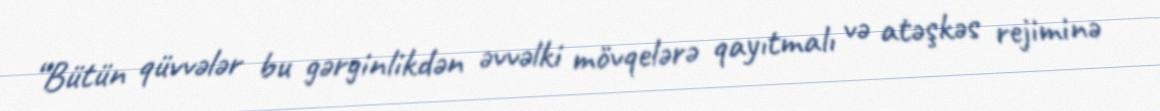
“Bütün qüvvələr bu gərginlikdən əvvəlki mövqelərə qayıtmalı və atəşkəs rejiminə